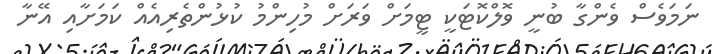
ނަމަވެސް ވެންގާ ބުނީ ވޮލްކޮޓަކީ ޓީމަށް ވަރަށް މުހިންމު ކުޅުންތެރިއެއް ކަމަށާއި އޭނާ